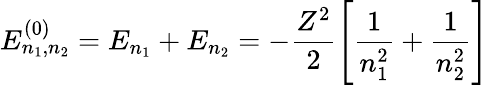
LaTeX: E_{n_{1},n_{2}}^{(0)}=E_{n_{1}}+E_{n_{2}}=-{\frac{Z^{2}}{2}}{\Bigg[}{\frac{1}{n_{1}^{2}}}+{\frac{1}{n_{2}^{2}}}{\Bigg]}